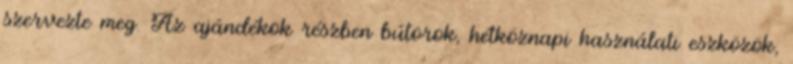
szervezte meg. Az ajándékok részben bútorok, hétköznapi használati eszközök,